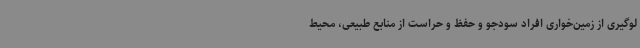
لوگیری از زمین‌خواری افراد سودجو و حفظ و حراست از منابع طبیعی، محیط